system: You are a helpful assistant.
user:
Analyze the provided spectrum to determine if it is a **S-type Star**.

- **Key Indicators for S-type Star:**

    - **(Overall Spectrum Shape):** The first and most obvious characteristic is the overall continuum (the "baseline" shape). It is **extremely "red-sloping,"** meaning the flux (light intensity) is very low on the left side (blue, ~4000-4500 Å) and rises steeply and continuously toward the right side (red, ~7000 Å+).

    - **(Primary):** The spectrum is defined by the presence of strong, broad molecular absorption "valleys" (bands) from **Zirconium Oxide (ZrO)**. The identification of these bands is the **primary requirement** for classifying a star as S-type.
        - **(Key Bandheads):** You must find distinct, deep "dips" where the light has been absorbed. The most critical band systems to locate are:
            - **~6474 Å** ($\gamma$-system): This is often the strongest and clearest ZrO feature, found in the red part of the spectrum.
            - **~5718 Å** & **~5551 Å** ($\beta$-system): A pair of prominent absorption features in the yellow-orange part of the spectrum.
            - **~4640 Å** ($\alpha$-system): A key absorption band system in the blue-green region of the spectrum.

    - **(Secondary Confirmation):** The classification is strengthened by finding additional absorption bands from other related heavy element oxides, which are expected to be present alongside ZrO.
        - **(Key Bandheads):**
            - **Yttrium Oxide (YO):** Look for absorption dips near **~4800 Å** and **~6100 Å**.
            - **Lanthanum Oxide (LaO):** Additional absorption features, particularly in the red-orange part of the spectrum, are also characteristic.

    - **(Line Profile):** The combination of the steep red continuum and these numerous, deep molecular bands (ZrO, YO, etc.) gives the entire spectrum a very **"chopped-up"** or **"bumpy"** appearance. Instead of a smooth curve, the spectrum looks as though large, wide chunks of light have been "carved out" of it at the specific wavelengths listed above.

Think first, call **spectral_visualization_tool** if needed to examine features in detail, then provide your final answer. Your response must adhere to the following strict rules:
1.  **Overall Structure:** Your response must follow the format `<think>...</think> <tool_call>...</tool_call> (if a tool is used) <answer>...</answer>`.
2.  **Tool Usage Constraint:** You may only make **one** tool call per turn.
3.  **Final Answer Format:** In the `<answer>` tag, your conclusion must be inside a `\boxed{}` command (e.g., `\boxed{YES}` or `\boxed{NO}`), followed by your justification.

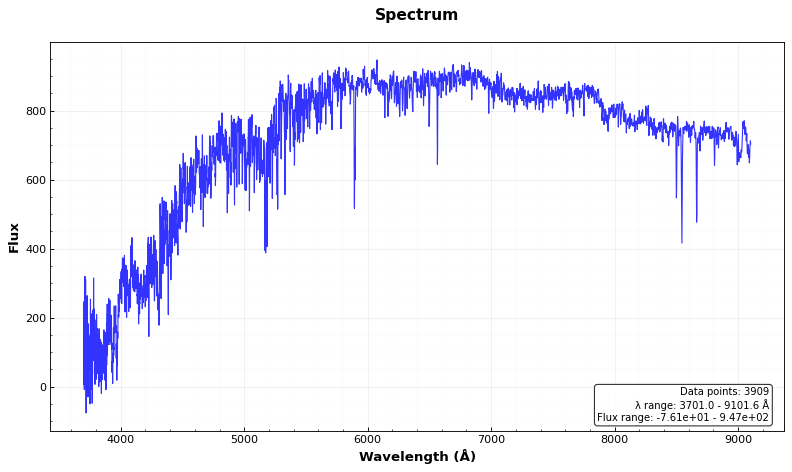
Answer: NO